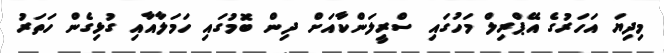
މިދިޔަ އަހަރުގެ އޭޕްރިލް މަހުގައި ސްރީލަންކާއަށް ދިން ބޮމުގައި ހަމަލާއާއި ގުޅިގެން ހަތަރު